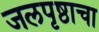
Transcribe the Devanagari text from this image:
जलपृष्ठाचा